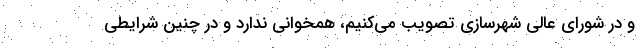
و در شورای عالی شهرسازی تصویب می‌کنیم، همخوانی ندارد و در چنین شرایطی